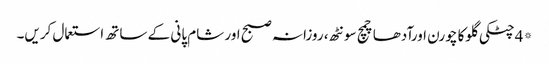
*4چٹکی گلوکا چورن اورآدھاچمچ سونٹھ، روزانہ صبح اور شام پانی کے ساتھ استعمال کریں۔